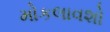
મોકલાવશો